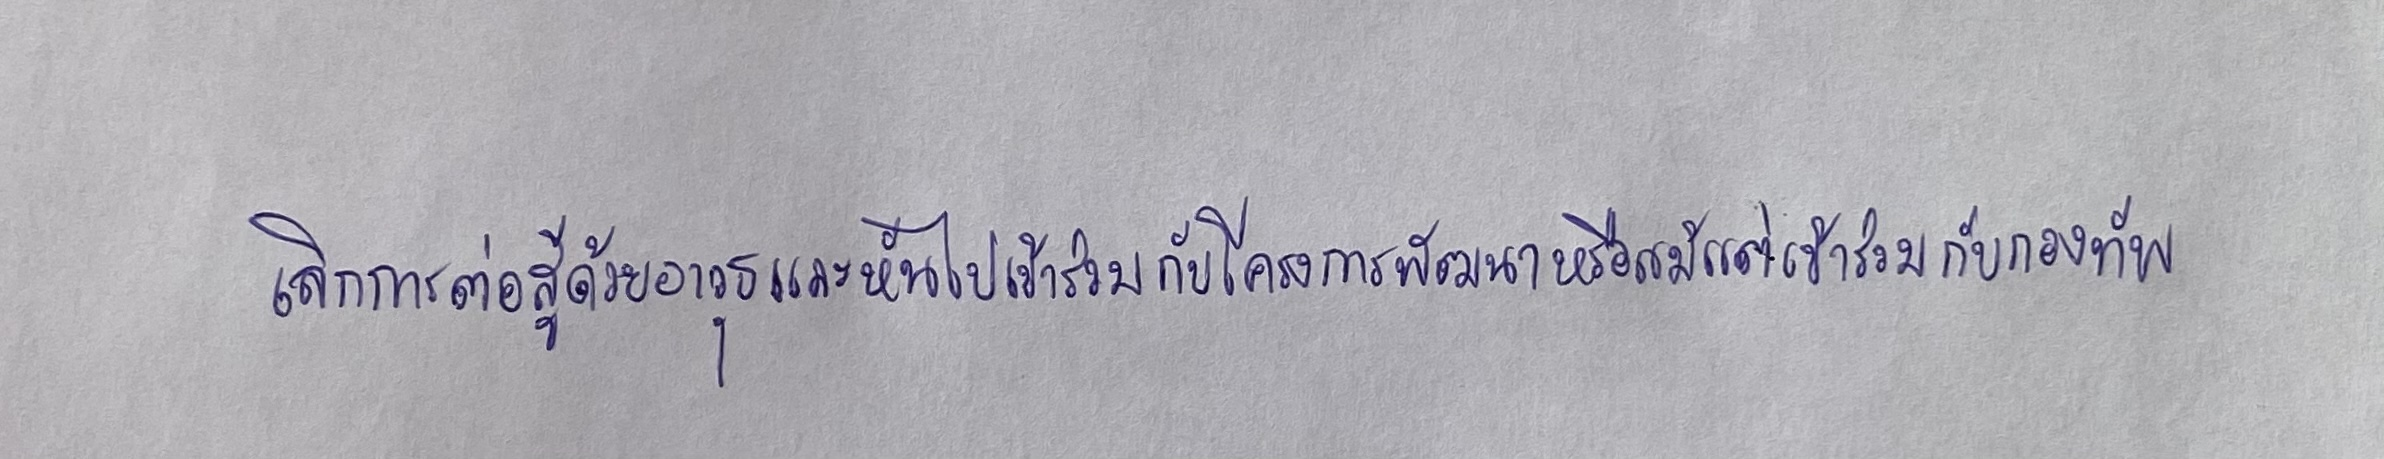
เลิกการต่อสู้ด้วยอาวุธและหันไปเข้าร่วมกับโครงการพัฒนาหรือแม้แต่เข้าร่วมกับกองทัพ